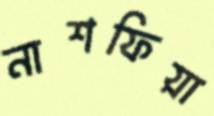
নাশফিয়া